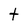
Character: t